system: You are a helpful assistant.
user:
Analyze the provided spectrum to determine if it is a **M-type Giant (gM)**.

A M-type Giant spectrum is defined by its **strong molecular absorption** features, particularly from **Titanium Oxide (TiO)**. You must check for one of the following mutually exclusive signatures:

- **Key Visual Indicators (Absorption-Dominated Spectrum):**

    - **(Primary):** The spectrum is dominated by strong molecular absorption from **Titanium Oxide (TiO)**. This is the **defining feature** of its M-type temperature class.
        - **(Key Bandheads):** Look for sharp, "saw-tooth" absorption valleys. The strongest are located near **~7050 Å**, **~6160 Å**, and **~5170 Å**.
        - **(Line Profile):** The "saw-tooth" morphology is critical: a **sharp, steep drop on the BLUE (short-wavelength) side** of the bandhead, followed by a gradual recovery (rising flux) towards the RED (long-wavelength) side.

    - **(Key Confirmation - Giant vs. Dwarf):** **ABSENCE** of strong **Calcium Hydride (CaH)** molecular bands. This is the primary diagnostic for *excluding* M-dwarfs.
        - **(Key Region):** The spectrum should lack the strong, broad absorption band seen in dwarfs between **~6800 Å and ~7000 Å**.

    - **(Secondary Confirmation - Giant):** A very strong and broad **Neutral Calcium (Ca I)** atomic absorption line.
        - **(Key Line):** Located at **~4226 Å**. In a giant (gM), this line is significantly deeper and broader than the same line in an M-dwarf (dM) due to low surface gravity.

    - **(Overall Spectrum):**
        - The continuum is **extremely red-sloping** (i.e., flux is very low in the blue and rises dramatically towards the red).
        - The entire spectrum appears "chopped up" by the deep TiO bands.

Think first, call **spectral_visualization_tool** if needed to examine features in detail, then provide your final answer. Your response must adhere to the following strict rules:
1.  **Overall Structure:** Your response must follow the format `<think>...</think> <tool_call>...</tool_call> (if a tool is used) <answer>...</answer>`.
2.  **Tool Usage Constraint:** You may only make **one** tool call per turn.
3.  **Final Answer Format:** In the `<answer>` tag, your conclusion must be inside a `\boxed{}` command (e.g., `\boxed{YES}` or `\boxed{NO}`), followed by your justification.

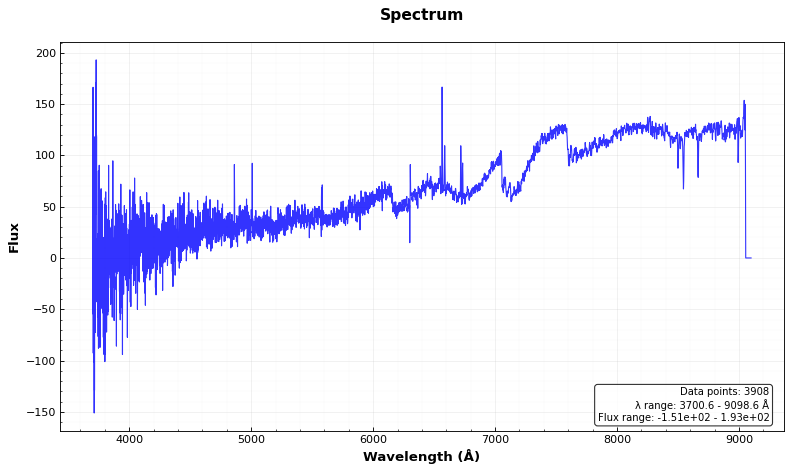
Answer: YES